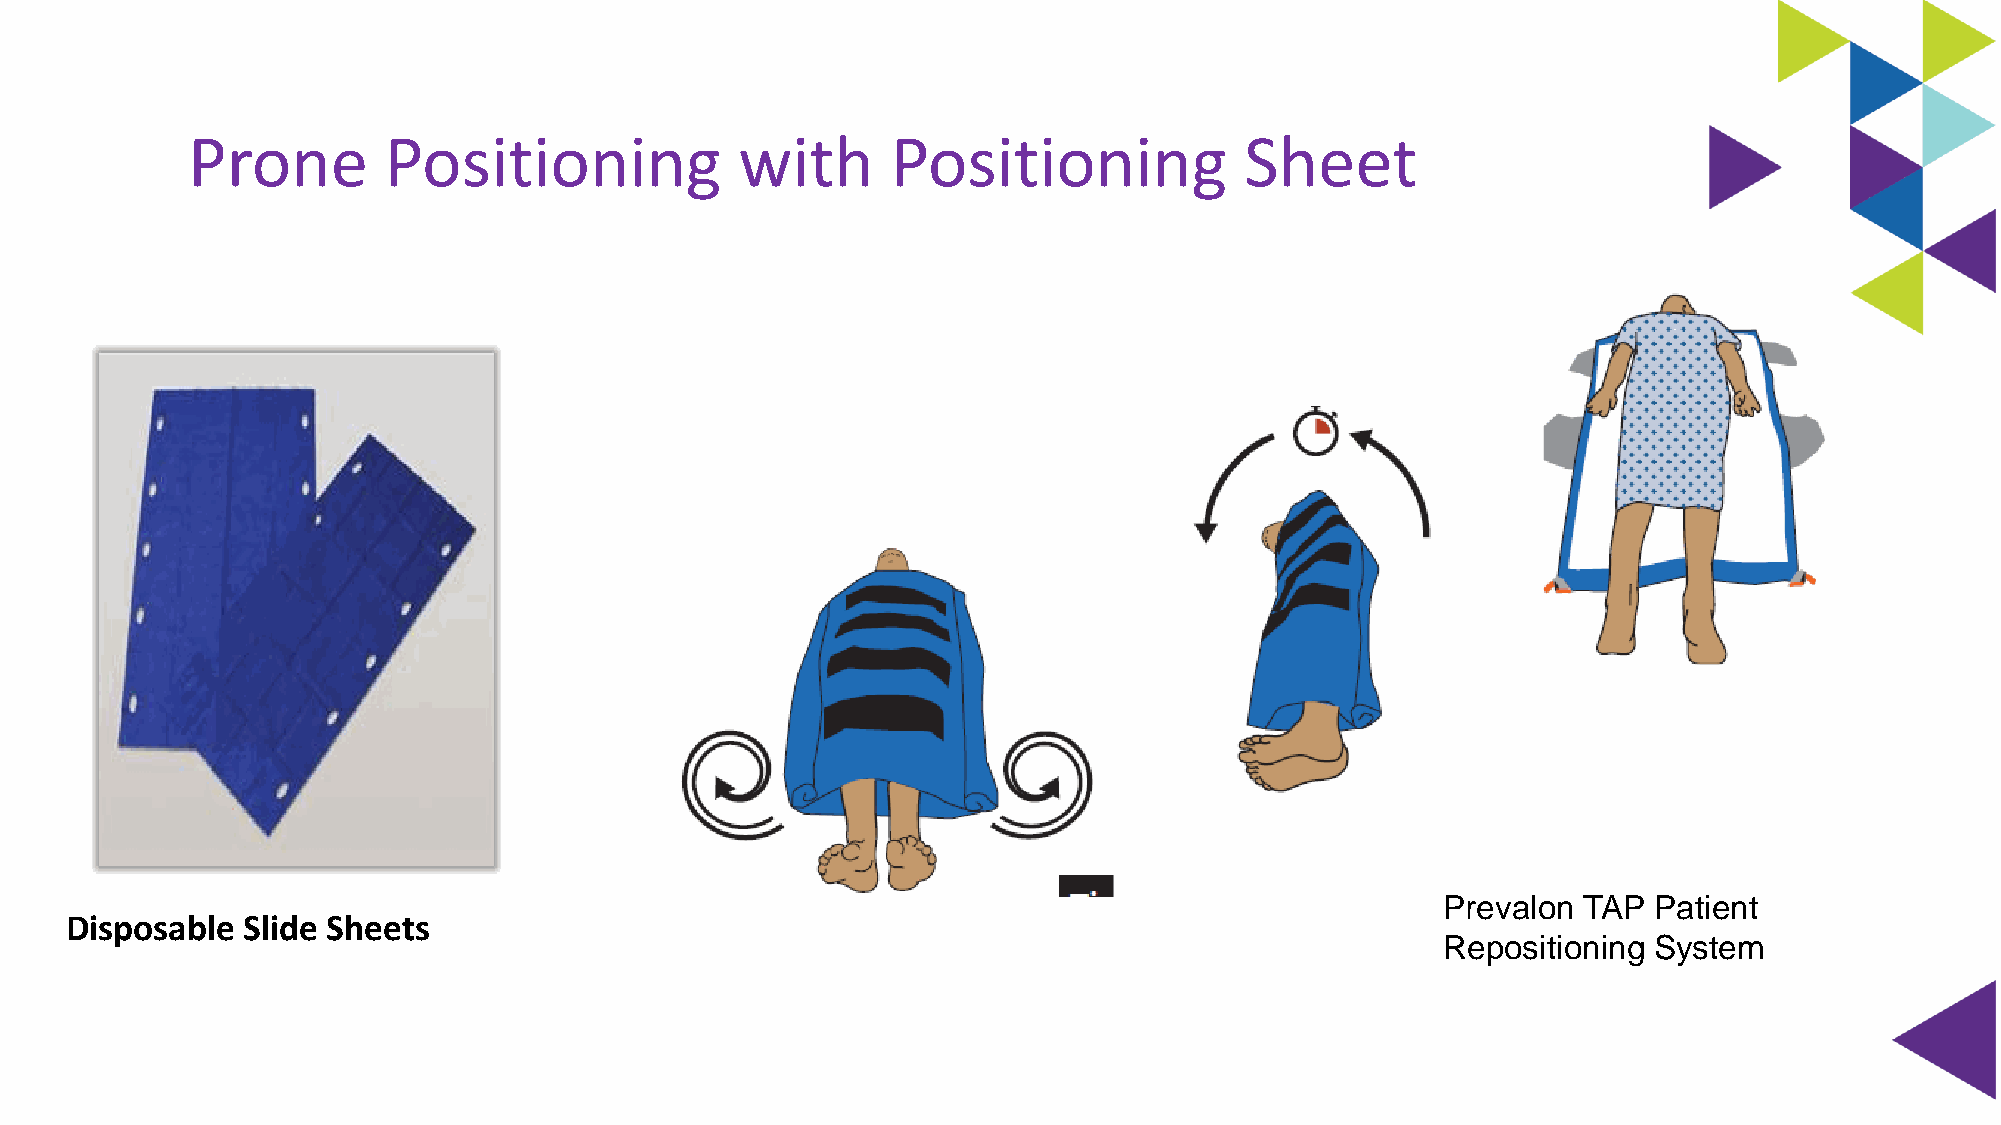
Prone        Positioning             with      Positioning            Sheet
 Prevalon  TAP Patient
 Disposable  Slide Sheets
 Repositioning System